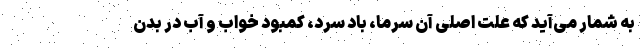
به شمار می‌آید که علت اصلی آن سرما، باد سرد، کمبود خواب و آب در بدن